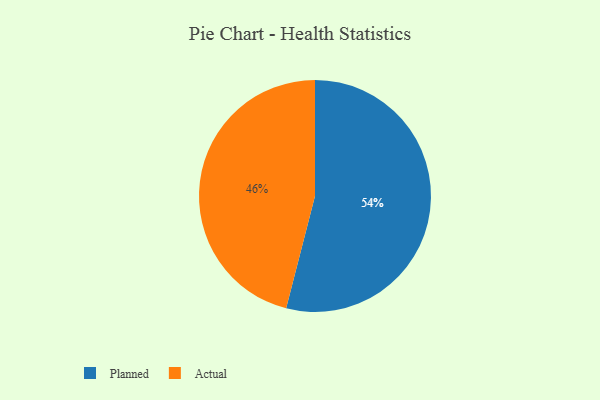
{"axis": {"x": "Category", "y": "Percentage"}, "legend": ["Actual", "Planned"], "data": [{"x": "Actual", "y": 46, "type": "Actual"}, {"x": "Planned", "y": 54, "type": "Planned"}]}